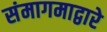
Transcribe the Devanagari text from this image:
संमागमाद्वारे